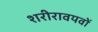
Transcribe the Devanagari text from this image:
शरीरावयवों